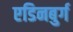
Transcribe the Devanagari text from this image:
एडिनबुर्ग